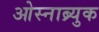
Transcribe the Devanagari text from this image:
ओस्नाब्र्युक